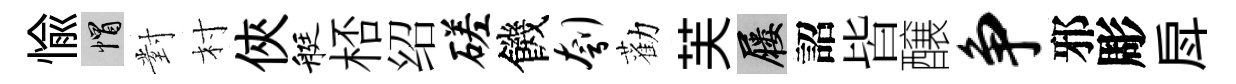
愉帽對村俠艇桮绍磋饑刳勸芙屨詔皆醸争邪彫戽